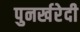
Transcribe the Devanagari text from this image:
पुनर्खरेदी